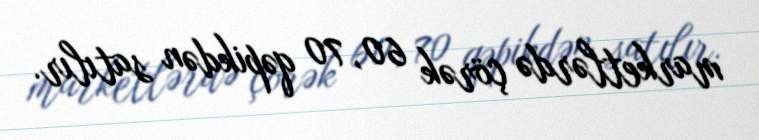
marketlərdə çörək 60, 70 qəpikdən satılır.